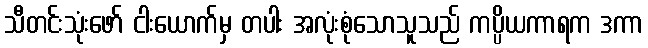
သီတင်းသုံးဖော် ငါးယောက်မှ တပါး အလုံးစုံသောသူသည် ကပ္ပိယကာရက ဒကာ